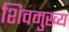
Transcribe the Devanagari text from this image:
शिवमुख्य